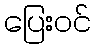
ပြေးဝင်